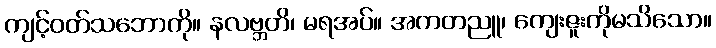
ကျင့်ဝတ်သဘောကို။ နလဗ္ဘတိ၊ မရအပ်။ အကတညူ၊ ကျေးဇူးကိုမသိသော။